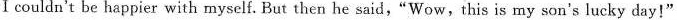
Ⅰcouldn't be happier with myself. But then he said,"Wow,this is my son's lucky day!"